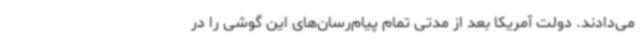
می‌دادند. دولت آمریکا بعد از مدتی تمام پیام‌رسان‌های این گوشی را در